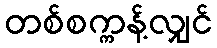
တစ်စက္ကန့်လျှင်